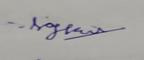
Signature authenticity: genuine